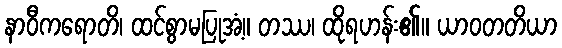
နာဝီကရောတိ၊ ထင်စွာမပြုအံ့။ တဿ၊ ထိုရဟန်း၏။ ယာဝတတိယာ